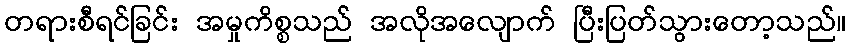
တရားစီရင်ခြင်း အမှုကိစ္စသည် အလိုအလျောက် ပြီးပြတ်သွားတော့သည်။